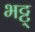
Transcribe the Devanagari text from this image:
भट्ट्